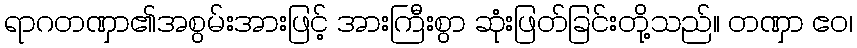
ရာဂတဏှာ၏အစွမ်းအားဖြင့် အားကြီးစွာ ဆုံးဖြတ်ခြင်းတို့သည်။ တဏှာ ဧဝ၊